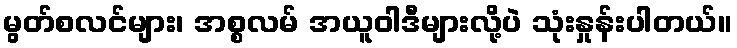
မွတ်စလင်များ၊ အစ္စလမ် အယူဝါဒီများလို့ပဲ သုံးနှုန်းပါတယ်။